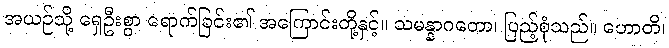
အယဉ်သို့ ရှေဦးစွာ ရောက်ခြင်း၏ အကြောင်းတို့နှင့်။ သမန္နာဂတော၊ ပြည့်စုံသည်။ ဟောတိ၊